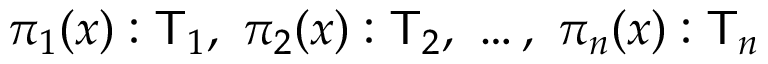
\pi _ { 1 } ( x ) : { \mathsf { T } } _ { 1 } , ~ \pi _ { 2 } ( x ) : { \mathsf { T } } _ { 2 } , ~ \ldots , ~ \pi _ { n } ( x ) : { \mathsf { T } } _ { n }